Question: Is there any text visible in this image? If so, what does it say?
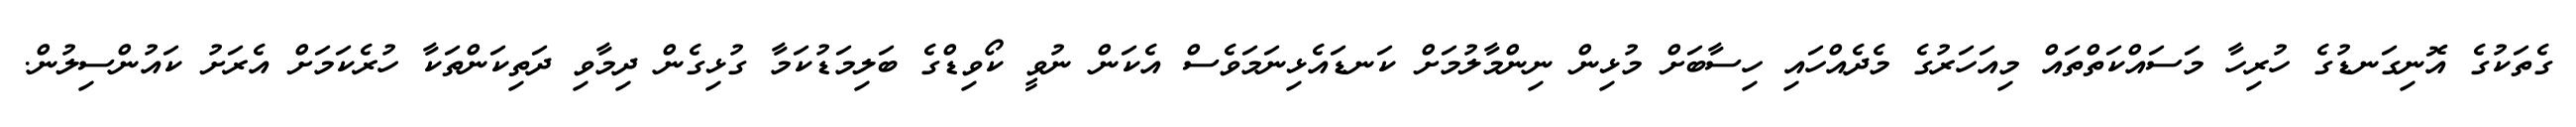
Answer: ގެތަކުގެ އޮނިގަނޑުގެ ހުރިހާ މަސައްކަތްތައް މިއަހަރުގެ މެދެއްހައި ހިސާބަށް މުޅިން ނިންމާލުމަށް ކަނޑައެޅިނަމަވެސް އެކަން ނުވީ ކޯވިޑްގެ ބަލިމަޑުކަމާ ގުޅިގެން ދިމާވި ދަތިކަންތަކާ ހުރެކަމަށް އެރަށު ކައުންސިލުން.